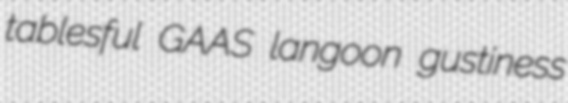
tablesful GAAS langoon gustiness